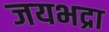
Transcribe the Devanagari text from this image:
जयभद्रा